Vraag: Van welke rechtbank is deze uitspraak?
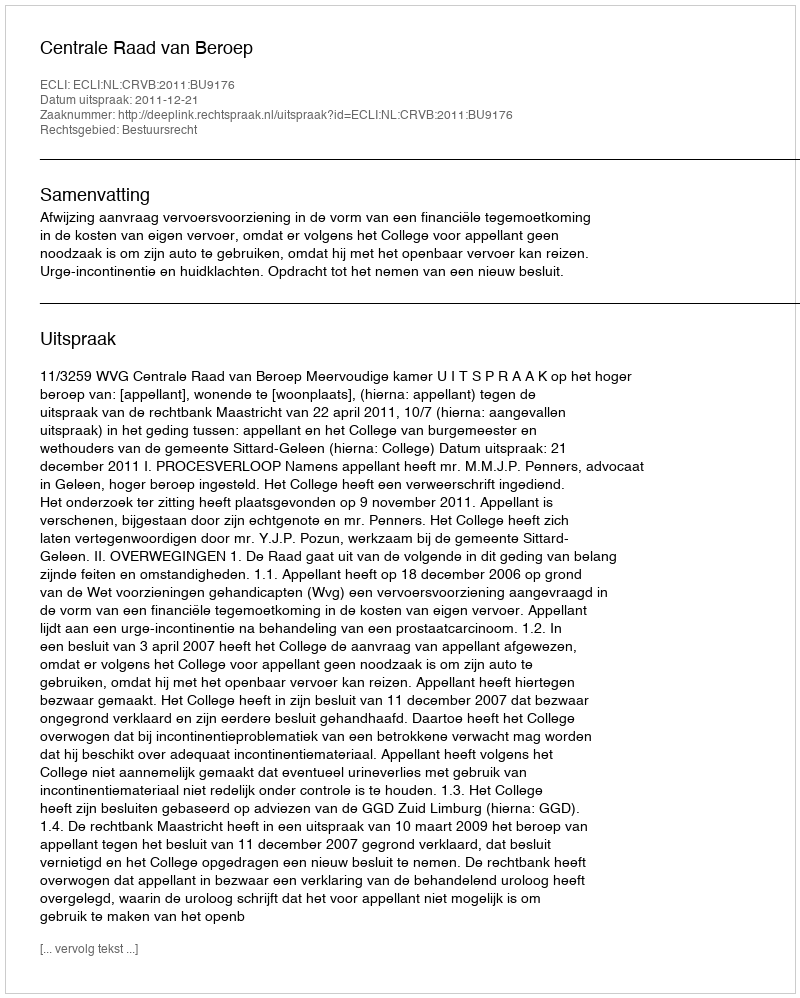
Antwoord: Centrale Raad van Beroep